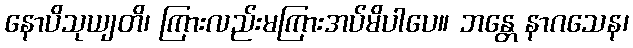
နောပိသုယျတိ၊ ကြားလည်းမကြားအပ်မိပါပေ။ ဘန္တေ နာဂသေန၊